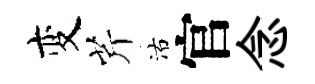
变芹沽官念